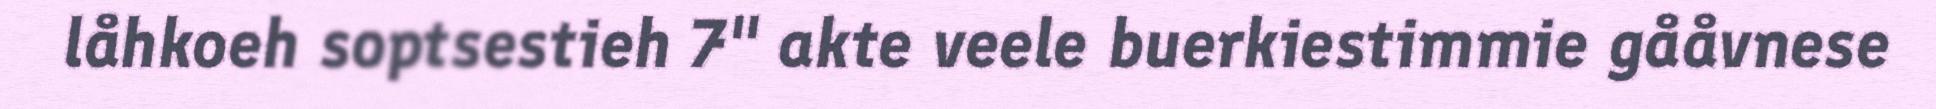
låhkoeh soptsestieh 7" akte veele buerkiestimmie gååvnese